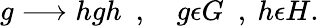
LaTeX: g\longrightarrow hgh\ \ ,\ \ \ \ g\epsilon G\ \ ,\ h\epsilon H.